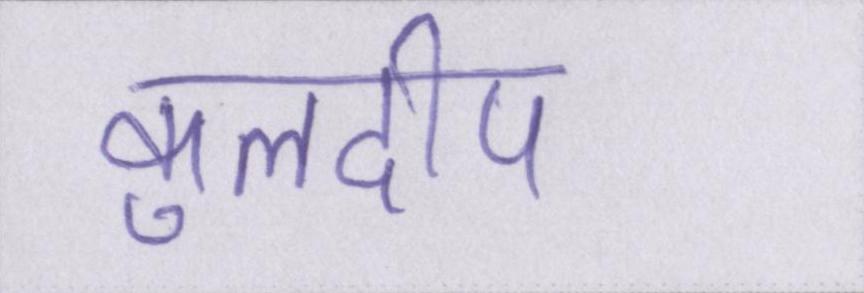
कुलदीप